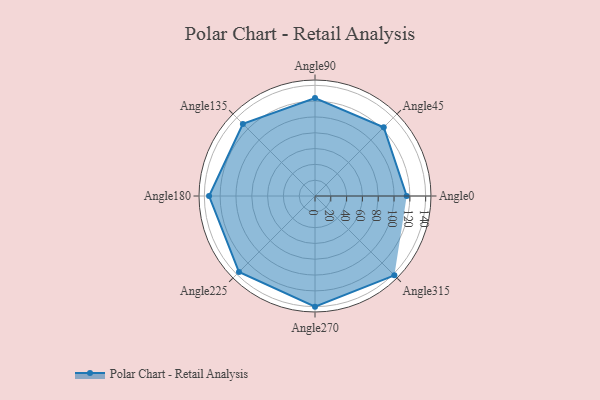
{"axis": {"x": "Angle", "y": "Radius"}, "legend": [""], "data": [{"x": "Angle0", "y": 116.0, "type": ""}, {"x": "Angle45", "y": 123.0, "type": ""}, {"x": "Angle90", "y": 124.0, "type": ""}, {"x": "Angle135", "y": 129.0, "type": ""}, {"x": "Angle180", "y": 134.0, "type": ""}, {"x": "Angle225", "y": 136.0, "type": ""}, {"x": "Angle270", "y": 140.0, "type": ""}, {"x": "Angle315", "y": 142.0, "type": ""}]}